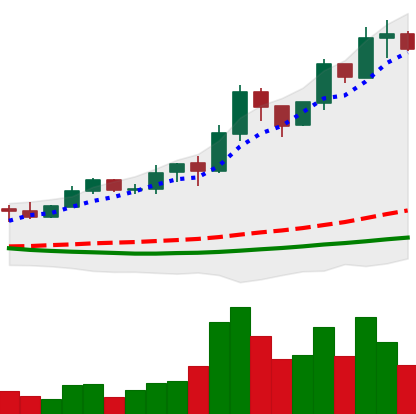
Ticker: ADA-USD
Chart end date: 2019-03-31
Forward return: 30.798%
Label: up_7plus